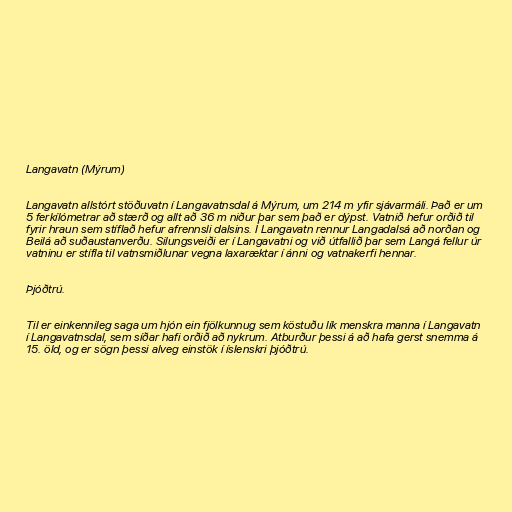
Langavatn (Mýrum)

Langavatn allstórt stöðuvatn í Langavatnsdal á Mýrum, um 214 m yfir sjávarmáli. Það er um
5 ferkílómetrar að stærð og allt að 36 m niður þar sem það er dýpst. Vatnið hefur orðið til
fyrir hraun sem stíflað hefur afrennsli dalsins. Í Langavatn rennur Langadalsá að norðan og
Beilá að suðaustanverðu. Silungsveiði er í Langavatni og við útfallið þar sem Langá fellur úr
vatninu er stífla til vatnsmiðlunar vegna laxaræktar í ánni og vatnakerfi hennar.

Þjóðtrú.

Til er einkennileg saga um hjón ein fjölkunnug sem köstuðu lík menskra manna í Langavatn
í Langavatnsdal, sem síðar hafi orðið að nykrum. Atburður þessi á að hafa gerst snemma á
15. öld, og er sögn þessi alveg einstök í íslenskri þjóðtrú.